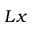
L x